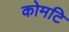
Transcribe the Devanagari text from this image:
कोमटि